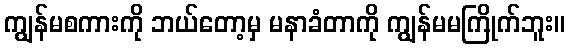
ကျွန်မစကားကို ဘယ်တော့မှ မနာခံတာကို ကျွန်မမကြိုက်ဘူး။